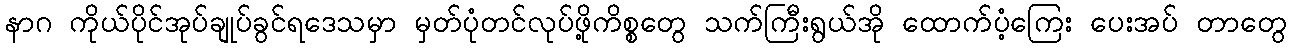
နာဂ ကိုယ်ပိုင်အုပ်ချုပ်ခွင်ရဒေသမှာ မှတ်ပုံတင်လုပ်ဖို့ကိစ္စတွေ သက်ကြီးရွယ်အို ထောက်ပံ့ကြေး ပေးအပ် တာတွေ